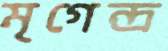
মৃগেন্দ্র